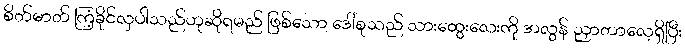
စိတ်ဓာတ် ကြံ့ခိုင်လှပါသည်ဟုဆိုရမည် ဖြစ်သော ဒေါ်စုသည် သားထွေးလေးကို အလွန် ညှာတာလေ့ရှိပြီး